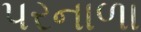
પરનાળા